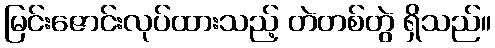
မြင်းဇောင်းလုပ်ထားသည့် တဲတစ်တွဲ ရှိသည်။